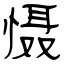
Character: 慑